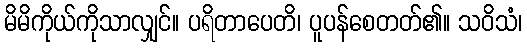
မိမိကိုယ်ကိုသာလျှင်။ ပရိတာပေတိ၊ ပူပန်စေတတ်၏။ သဝိသံ၊